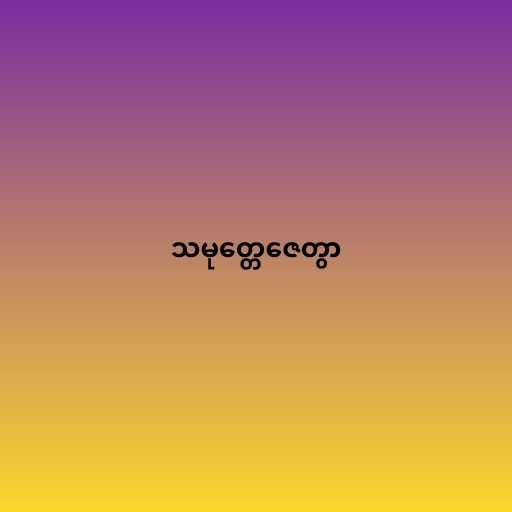
သမုတ္တေဇေတွာ